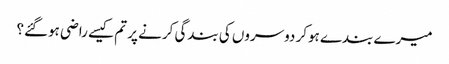
میرے بندے ہوکر دوسروں کی بندگی کرنے پر تم کیسے راضی ہوگئے؟